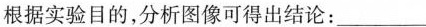
根据实验目的，分析图像可得出结论：___